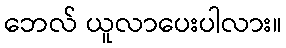
ဘေလ် ယူလာပေးပါလား။